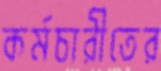
কর্মচারীতের